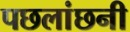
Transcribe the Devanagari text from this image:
पछलांछनी